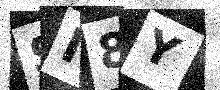
Text: SI8Y